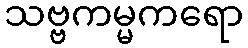
သဗ္ဗကမ္မကရော